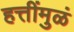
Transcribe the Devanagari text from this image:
हत्तींमुळं